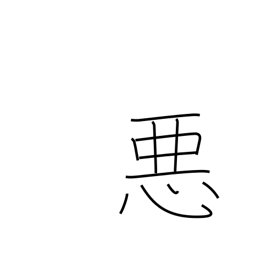
Meaning: bad